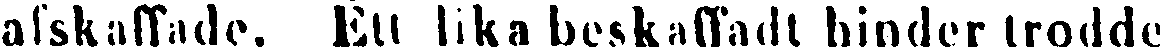
afskaffade. Ett lika beskaffadt hinder trodde